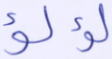
لؤلؤ